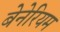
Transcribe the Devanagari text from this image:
बेनेरियम